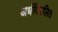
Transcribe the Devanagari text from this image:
अर्धपिघलित